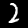
Label: 2